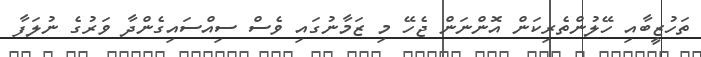
ތަހުޒީބާއި ހޭލުންތެރިކަން އޮންނަން ޖެހޭ މި ޒަމާނުގައި ވެސް ސިއްސައިގެންދާ ވަރުގެ ނުލަފާ